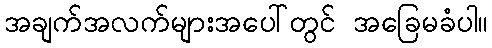
အချက်အလက်များအပေါ်တွင် အခြေမခံပါ။